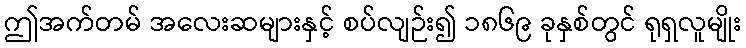
ဤအက်တမ် အလေးဆများနှင့် စပ်လျဉ်း၍ ၁၈၆၉ ခုနှစ်တွင် ရုရှလူမျိုး